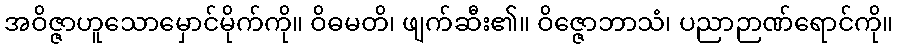
အဝိဇ္ဇာဟူသောမှောင်မိုက်ကို။ ဝိဓမတိ၊ ဖျက်ဆီး၏။ ဝိဇ္ဇောဘာသံ၊ ပညာဉာဏ်ရောင်ကို။